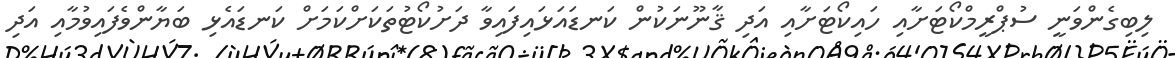
ލިބިގެންވަނީ ސުޕްރީމްކޯޓަށާއި ހައިކޯޓަށާއި އަދި ޤާނޫނަކުން ކަނޑައަޅައިފައިވާ ދަށުކޯޓުތަކަށްކަމަށް ކަނޑައެޅި ބަޔާންވެފައިވުމާއި އަދި